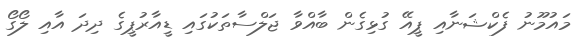
މައުމޫނު ފެކްޝަނާއި ޕީއޭ ގުޅިގެން ބާއްވާ ޖަލްސާތަކުގައި ޑީއާރުޕީގެ ދިދަ އާއި ލޯގޯ